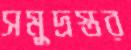
সমুদ্রস্তর